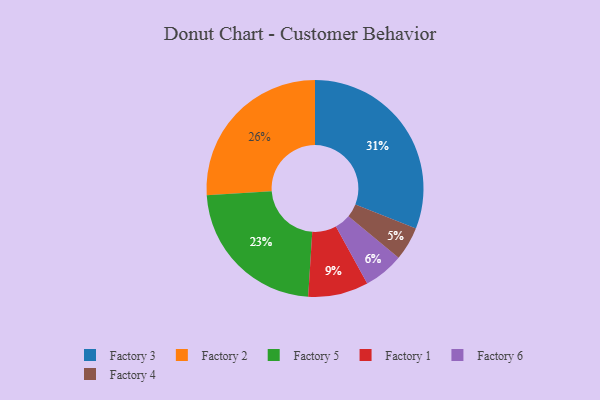
{"axis": {"x": "Category", "y": "Percentage"}, "legend": ["Factory 1", "Factory 2", "Factory 3", "Factory 4", "Factory 5", "Factory 6"], "data": [{"x": "Factory 2", "y": 26, "type": "Factory 2"}, {"x": "Factory 6", "y": 6, "type": "Factory 6"}, {"x": "Factory 5", "y": 23, "type": "Factory 5"}, {"x": "Factory 1", "y": 9, "type": "Factory 1"}, {"x": "Factory 3", "y": 31, "type": "Factory 3"}, {"x": "Factory 4", "y": 5, "type": "Factory 4"}]}